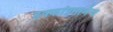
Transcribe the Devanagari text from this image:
हक्कांप्रमाणेच